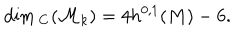
LaTeX: \dim { } _ { { \bf C } } ( { \cal M } _ { k } ) = 4 h ^ { 0 , 1 } ( M ) - 6 .